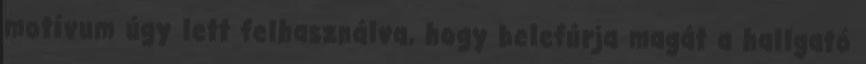
motívum úgy lett felhasználva, hogy belefúrja magát a hallgató